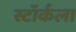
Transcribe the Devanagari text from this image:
स्टॉर्कला